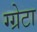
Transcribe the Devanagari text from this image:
ग्ग्रेटा